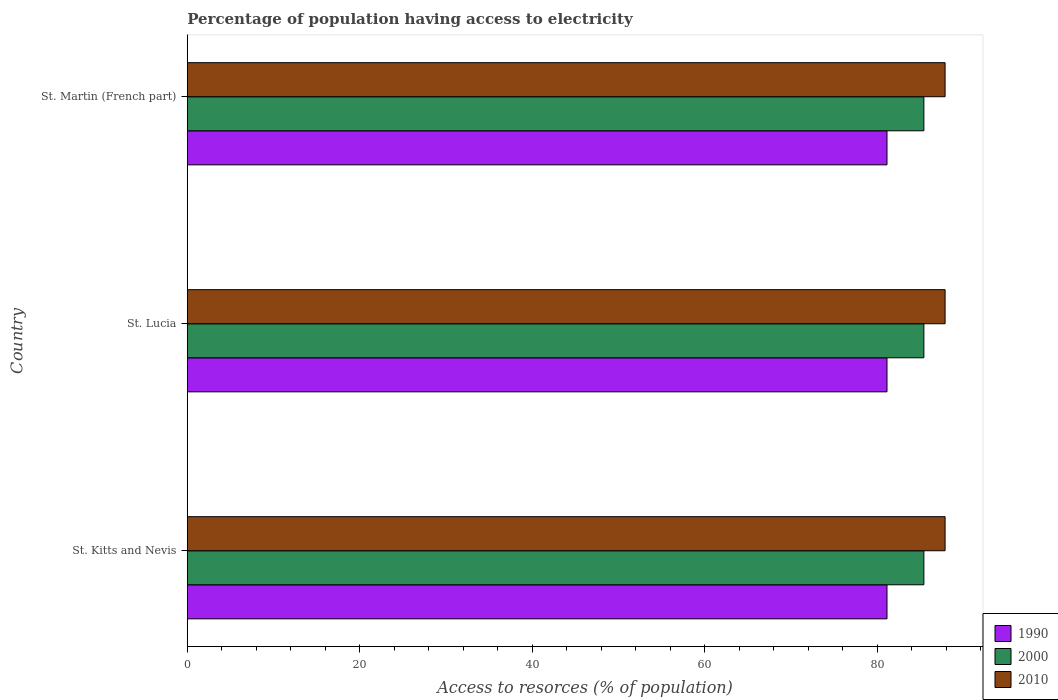
| Country | 1990 | 2000 | 2010 |
 | --- | --- | --- | --- |
 | St. Kitts and Nevis | 81.1 | 85.4 | 87.9 |
 | St. Lucia | 81.1 | 85.4 | 87.9 |
 | St. Martin (French part) | 81.1 | 85.4 | 87.9 |